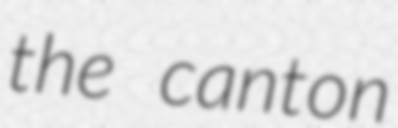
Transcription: the canton